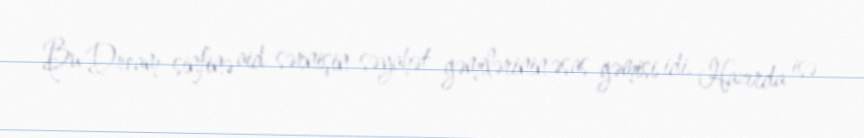
Bu Dream sinfinə aid sərnişin səyahət gəmilərinin əsas gəmisi idi. Hazırda isə